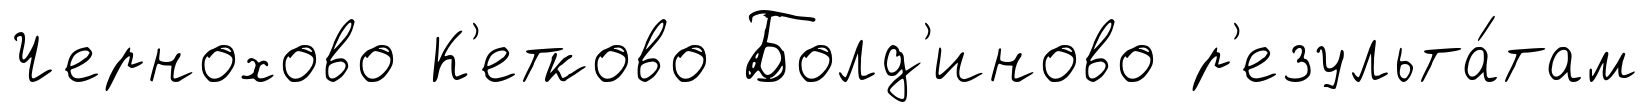
Чернохово К'етково Болд'иново р'езульта́там